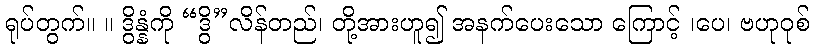
ရုပ်တွက်။ ။ ဒွိန္နံကို “ဒွိ”လိန်တည်၊ တို့အားဟူ၍ အနက်ပေးသော ကြောင့် ၊ပေ၊ ဗဟုဝုစ်